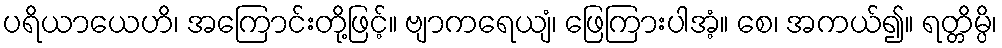
ပရိယာယေဟိ၊ အကြောင်းတို့ဖြင့်။ ဗျာကရေယျံ၊ ဖြေကြားပါအံ့။ စေ၊ အကယ်၍။ ရတ္တိမ္ပိ၊